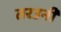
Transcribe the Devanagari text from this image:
तरउनी